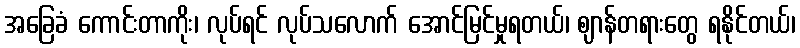
အခြေခံ ကောင်းတာကိုး၊ လုပ်ရင် လုပ်သလောက် အောင်မြင်မှုရတယ်၊ ဈာန်တရားတွေ ရနိုင်တယ်၊